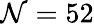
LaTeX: \mathcal{N}=52